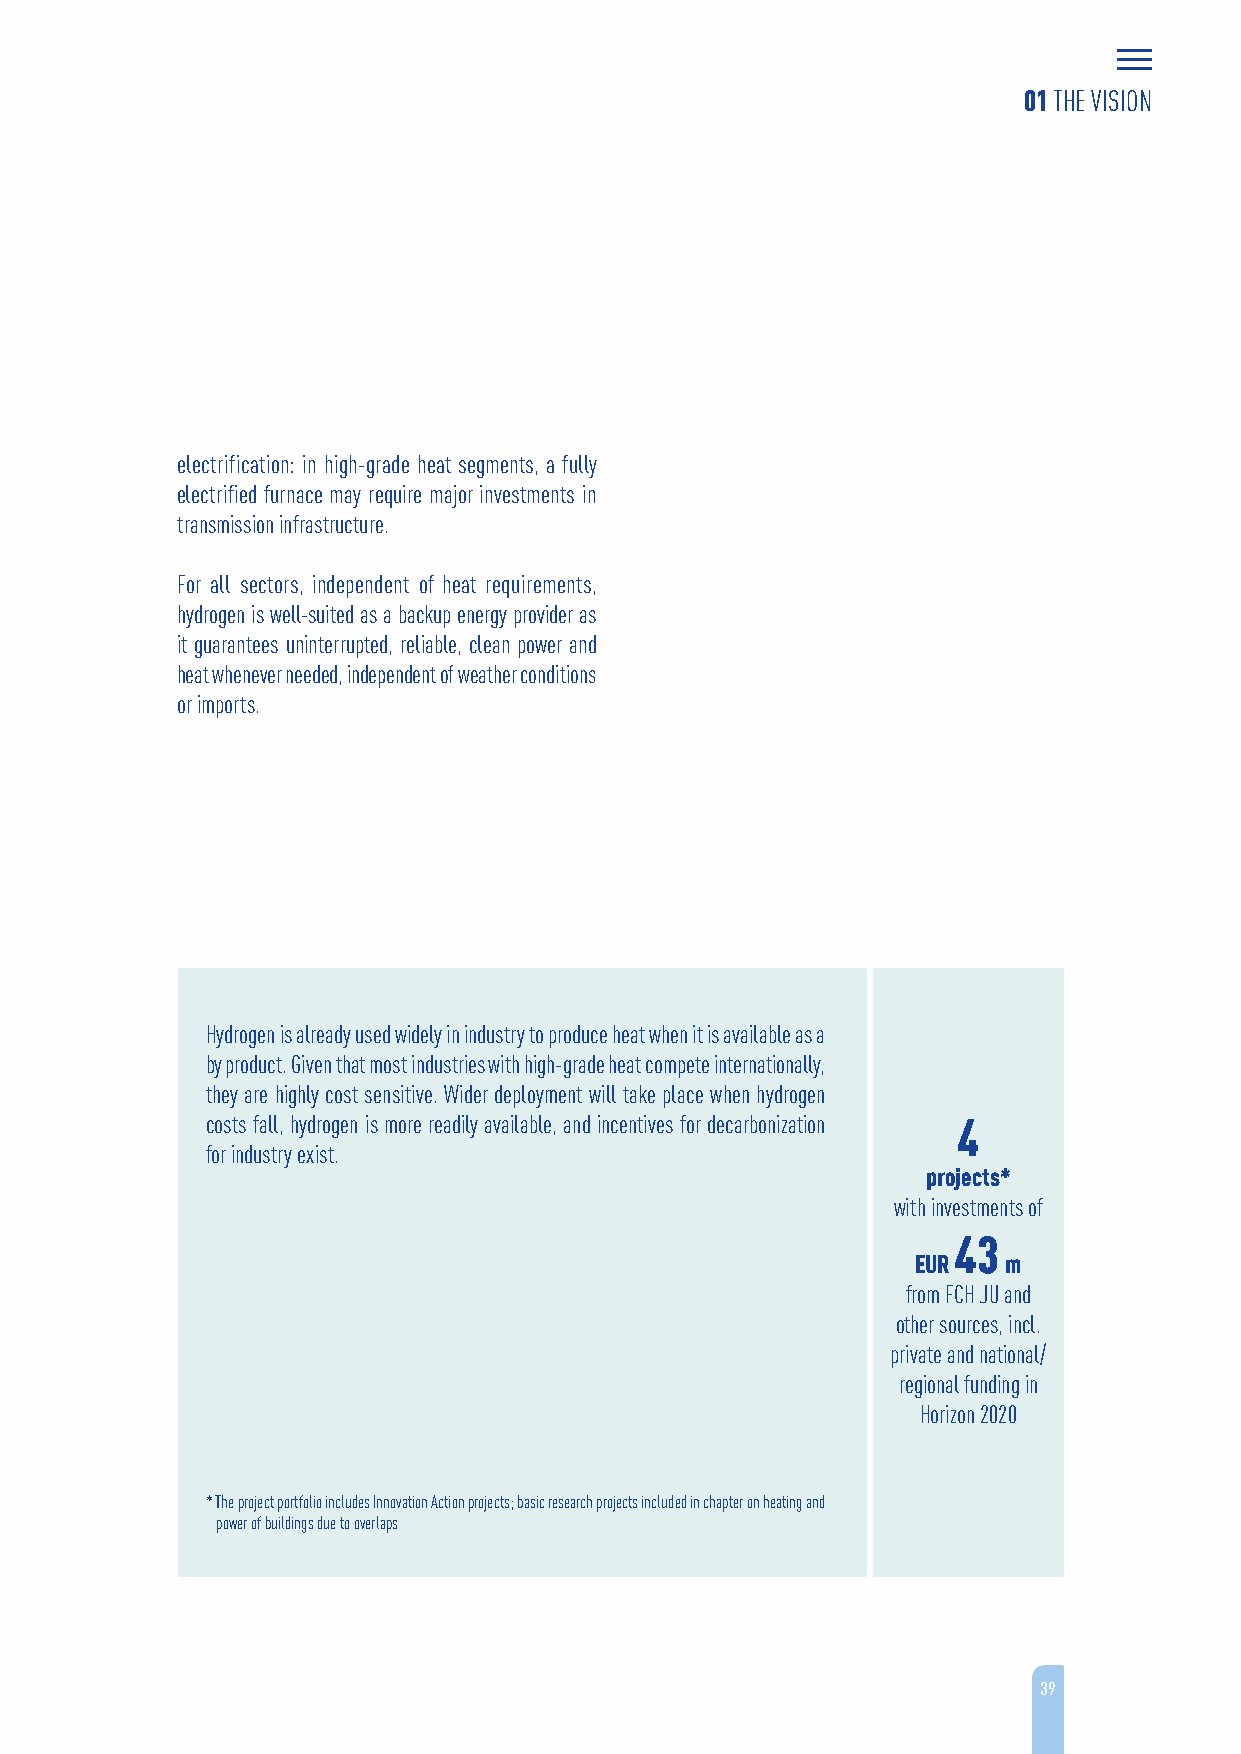
01 THE VISION
 electrification: in high-grade heat segments, a fully
 electrified furnace may require major investments in
 transmission infrastructure.
 For all sectors, independent of heat requirements,
 hydrogen is well-suited as a backup energy provider as
 it guarantees uninterrupted, reliable, clean power and
 heat whenever needed, independent of weather conditions
 or imports.
 Hydrogen is already used widely in industry to produce heat when it is available as a
 by product. Given that most industries with high-grade heat compete internationally,
 they are highly cost sensitive. Wider deployment will take place when hydrogen
 costs fall, hydrogen is more readily available, and incentives for decarbonization 4
 for industry exist.
 projects*
 with investments of
 43
 EUR   m
 from FCH JU and
 other sources, incl.
 private and national/
 regional funding in
 Horizon 2020
 * The project portfolio includes Innovation Action projects; basic research projects included in chapter on heating and
 power of buildings due to overlaps
 39